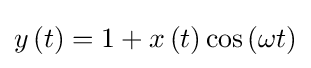
y\left(t\right)=1+x\left(t\right)\cos \left(\omega t\right)